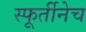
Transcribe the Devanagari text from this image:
स्फूर्तीनेच